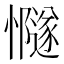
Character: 𢤸